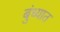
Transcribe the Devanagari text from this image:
बुंध्यात